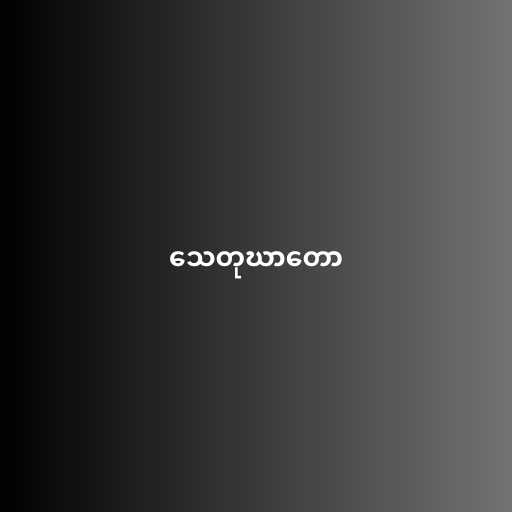
သေတုဃာတော